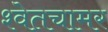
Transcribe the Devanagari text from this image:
श्वेतचामर